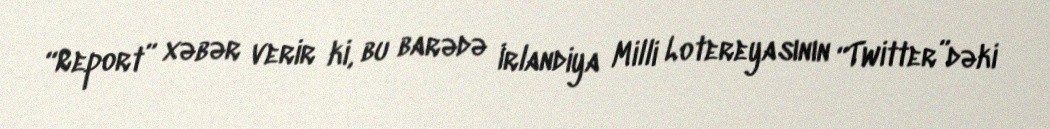
“Report” xəbər verir ki, bu barədə İrlandiya Milli Lotereyasının “Twitter”dəki